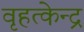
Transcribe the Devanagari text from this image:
वृहत्केन्द्र